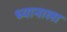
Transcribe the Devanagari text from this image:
ध्यानाला